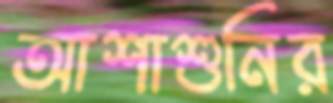
আশাশুনির